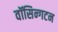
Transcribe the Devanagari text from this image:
वॉसिन्गटन